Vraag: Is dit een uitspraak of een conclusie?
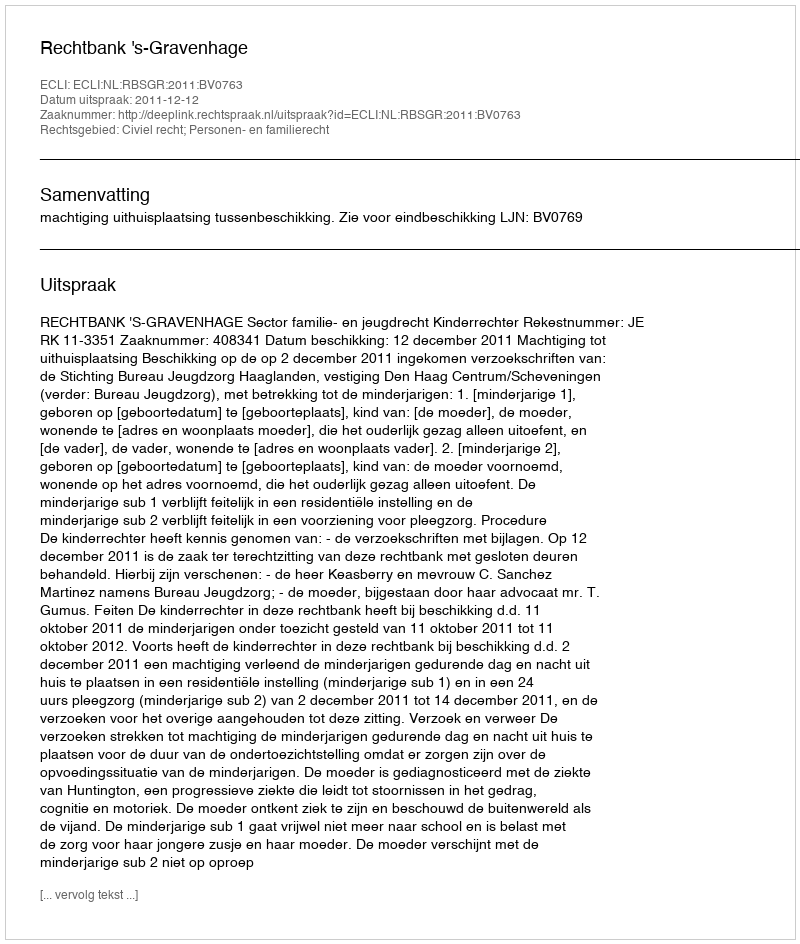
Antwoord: Uitspraak